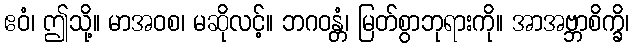
ဧဝံ၊ ဤသို့။ မာအဝစ၊ မဆိုလင့်။ ဘဂဝန္တံ၊ မြတ်စွာဘုရားကို။ အာအဗ္ဘာစိက္ခိ၊